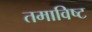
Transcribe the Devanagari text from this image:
तमाविष्ट